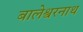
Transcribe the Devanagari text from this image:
बालेश्वरनाथ